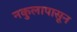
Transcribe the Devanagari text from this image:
नकुलापासून